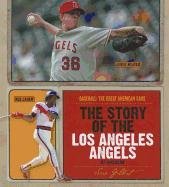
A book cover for The Story of the Los Angeles Angels of Anaheim (Baseball: the Great American Game); Sara Gilbert; Teen & Young Adult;